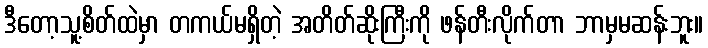
ဒီတော့သူ့စိတ်ထဲမှာ တကယ်မရှိတဲ့ အတိတ်ဆိုးကြီးကို ဖန်တီးလိုက်တာ ဘာမှမဆန်းဘူး။